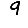
Digit: 9